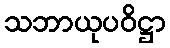
သဘာယုပဝိဋ္ဌာ